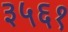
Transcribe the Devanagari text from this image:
३५६१